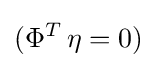
(\Phi ^{T}\,\eta =0)